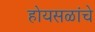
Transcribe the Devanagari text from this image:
होयसळांचे